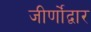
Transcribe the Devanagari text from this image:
जीर्णोंद्वार